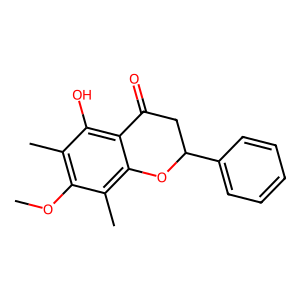
SMILES: COc1c(C)c(O)c2c(c1C)OC(c1ccccc1)CC2=O
Inhibits HIV replication: No